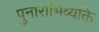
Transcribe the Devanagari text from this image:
पुनाराभिव्यक्ति